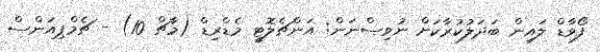
ފޯވާޑް ލައިން ބަދަލުކުރާކަށް ނުވިސްނަން: އަންޗެލޮޓީ މެޑްރިޑް (މާޗް 10) - ޗެމްޕިއަންސް